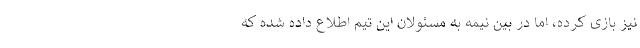
نیز بازی کرده، اما در بین نیمه به مسئولان این تیم اطلاع داده شده که